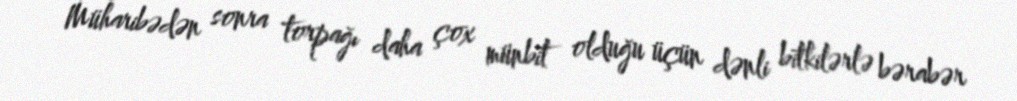
Müharibədən sonra torpağı daha çox münbit olduğu üçün dənli bitkilərlə bərabər